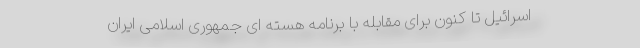
اسرائیل تا کنون برای مقابله با برنامه هسته ای جمهوری اسلامی ایران